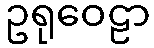
ဥရုဝေဠာ